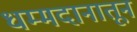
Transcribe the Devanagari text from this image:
धम्मदानातून